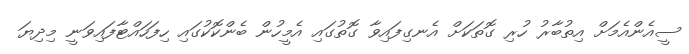
ސީއެންއެމަށް އިތުބާރު ހުރި ގޮތަކަށް އެނގިފައިވާ ގޮތުގައި އެމީހުން ބެންކޮކުގައި ހިފަހައްޓާފައިވަނީ މިދިޔަ